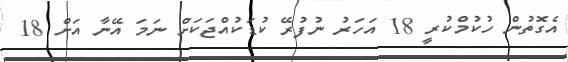
އެގޮތުން ހުކުމްކުރީ 18 އަހަރު ނުފުރޭ ކުޑަކުއްޖަކަށް ނަމަ އޭނާ އަށް 18